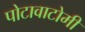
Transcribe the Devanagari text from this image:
पोटावाटोमी